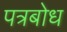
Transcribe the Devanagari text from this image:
पत्रबोध